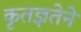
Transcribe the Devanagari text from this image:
कृतज्ञतेने